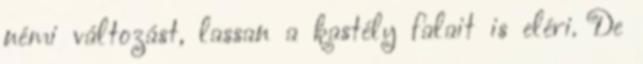
némi változást, lassan a kastély falait is eléri. De